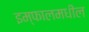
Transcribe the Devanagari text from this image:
इम्फालमधील